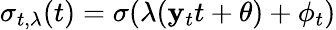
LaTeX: \sigma_{t,\lambda}(t)=\sigma(\lambda(\mathbf{y}_{t}t+\theta)+\phi_{t})